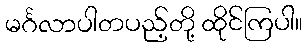
မင်္ဂလာပါတပည့်တို့ ထိုင်ကြပါ။